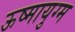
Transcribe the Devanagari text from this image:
ऊष्मायुग्म